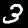
Label: 3